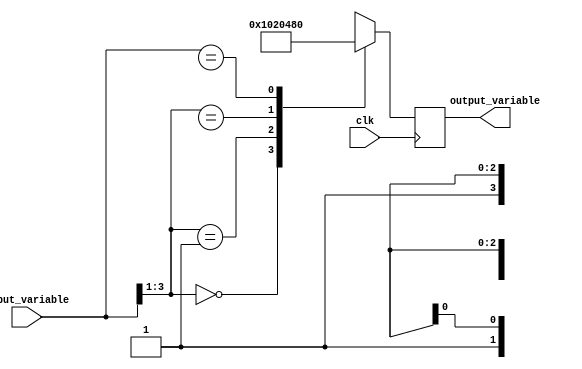
module casez_example (
    input [3:0] input_variable,
    input clk,
    output reg [7:0] output_variable
);

always @(posedge clk) begin
    casez(input_variable)
        4'b000z: output_variable <= 8'b00000001; // If input is 000x, set output to 00000001
        4'b001z: output_variable <= 8'b00000010; // If input is 001x, set output to 00000010
        4'b01xz: output_variable <= 8'b00000100; // If input is 01xx, set output to 00000100
        4'b1xxx: output_variable <= 8'b10000000; // If input is 1xxx, set output to 10000000
        default: output_variable <= 8'b00000000; // Default case, set output to 00000000
    endcase
end

endmodule